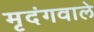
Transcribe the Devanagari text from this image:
मृदंगवाले